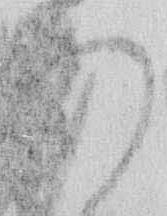
あ